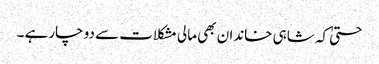
حتیٰ کہ شاہی خاندان بھی مالی مشکلات سے دو چارہے ۔